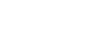
မှုခင်းများ